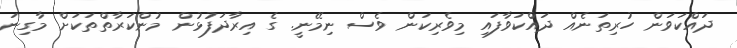
ދައްކަވަން ހުރިތަނެއް ދައްކަވާފައި މިވެރިކަން ވެސް ނިމޭނީ. ގެ އިރާދަފުޅުން މުންކަރާތްތަކަށް މާގިނަ